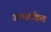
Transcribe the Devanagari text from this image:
अपक्षक्रित